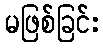
မဖြစ်ခြင်း